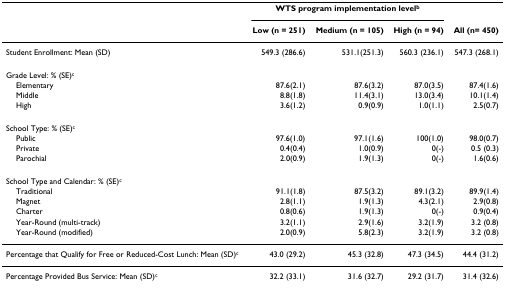
<table><thead><tr><td></td><td colspan="3"><b>WTS program implementation level<sup>b</sup></b></td><td></td></tr><tr><td></td><td><b>Low (n = 251)</b></td><td><b>Medium (n = 105)</b></td><td><b>High (n = 94)</b></td><td><b>All (n= 450)</b></td></tr></thead><tbody><tr><td>Student Enrollment: Mean (SD)</td><td>549.3 (286.6)</td><td>531.1(251.3)</td><td>560.3 (236.1)</td><td>547.3 (268.1)</td></tr><tr><td>Grade Level: % (SE)<sup>c</sup></td><td></td><td></td><td></td><td></td></tr><tr><td> Elementary</td><td>87.6(2.1)</td><td>87.6(3.2)</td><td>87.0(3.5)</td><td>87.4(1.6)</td></tr><tr><td> Middle</td><td>8.8(1.8)</td><td>11.4(3.1)</td><td>13.0(3.4)</td><td>10.1(1.4)</td></tr><tr><td> High</td><td>3.6(1.2)</td><td>0.9(0.9)</td><td>1.0(1.1)</td><td>2.5(0.7)</td></tr><tr><td>School Type: % (SE)<sup>c</sup></td><td></td><td></td><td></td><td></td></tr><tr><td> Public</td><td>97.6(1.0)</td><td>97.1(1.6)</td><td>100(1.0)</td><td>98.0(0.7)</td></tr><tr><td> Private</td><td>0.4(0.4)</td><td>1.0(0.9)</td><td>0(-)</td><td>0.5 (0.3)</td></tr><tr><td> Parochial</td><td>2.0(0.9)</td><td>1.9(1.3)</td><td>0(-)</td><td>1.6(0.6)</td></tr><tr><td>School Type and Calendar: % (SE)<sup>c</sup></td><td></td><td></td><td></td><td></td></tr><tr><td> Traditional</td><td>91.1(1.8)</td><td>87.5(3.2)</td><td>89.1(3.2)</td><td>89.9(1.4)</td></tr><tr><td> Magnet</td><td>2.8(1.1)</td><td>1.9(1.3)</td><td>4.3(2.1)</td><td>2.9(0.8)</td></tr><tr><td> Charter</td><td>0.8(0.6)</td><td>1.9(1.3)</td><td>0(-)</td><td>0.9(0.4)</td></tr><tr><td> Year-Round (multi-track)</td><td>3.2(1.1)</td><td>2.9(1.6)</td><td>3.2(1.9)</td><td>3.2 (0.8)</td></tr><tr><td> Year-Round (modified)</td><td>2.0(0.9)</td><td>5.8(2.3)</td><td>3.2(1.9)</td><td>3.2 (0.8)</td></tr><tr><td>Percentage that Qualify for Free or Reduced-Cost Lunch: Mean (SD)<sup>c</sup></td><td>43.0 (29.2)</td><td>45.3 (32.8)</td><td>47.3 (34.5)</td><td>44.4 (31.2)</td></tr><tr><td>Percentage Provided Bus Service: Mean (SD)<sup>c</sup></td><td>32.2 (33.1)</td><td>31.6 (32.7)</td><td>29.2 (31.7)</td><td>31.4 (32.6)</td></tr></tbody></table>